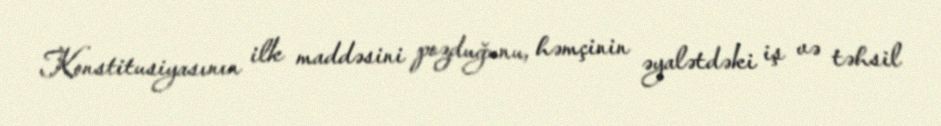
Konstitusiyasının ilk maddəsini pozduğunu, həmçinin əyalətdəki iş və təhsil